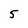
Character: 5